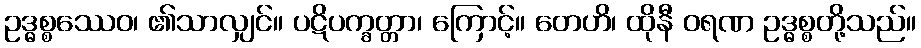
ဥဒ္ဓစ္စဿေဝ၊ ၏သာလျှင်။ ပဋိပက္ခတ္တာ၊ ကြောင့်။ တေဟိ၊ ထိုနီ ဝရဏ ဥဒ္ဓစ္စတို့သည်။